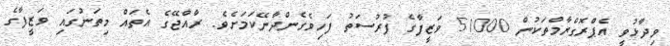
ވިދާޅުވީ އެޕްރޮގްރާމްތަކުން 51000 ވަޒީފާގެ ފުރުސަތު ފަހިވެގެންދާނޭކަމަށެވެ. ރާއްޖޭގެ އެތައް މިތަނުގައި ވަޒީފާގެ